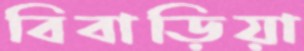
বিবাড়িয়া